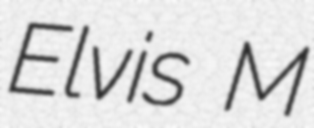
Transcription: Elvis M